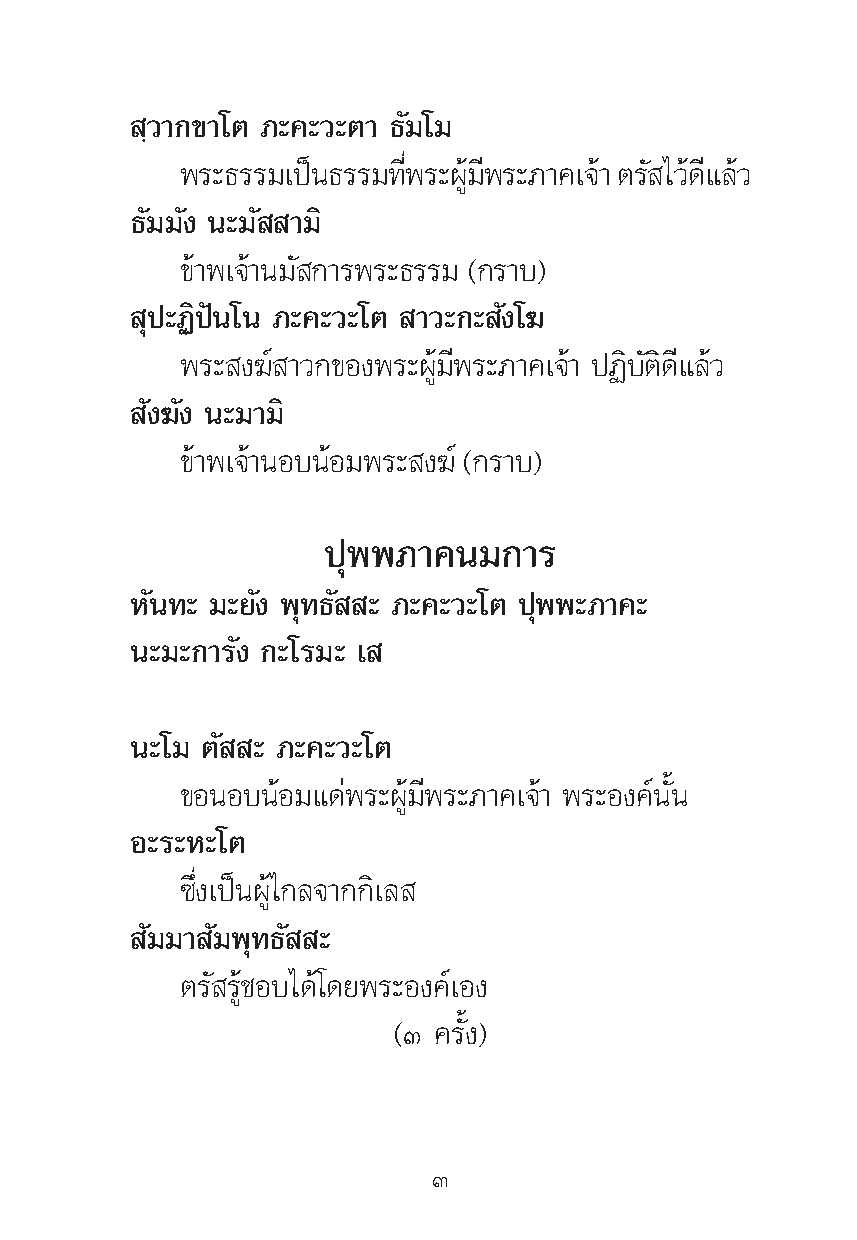
⁄«“°¢“‚μ ¿–§–«–μ“ ∏—¡‚¡
 æ√–∏√√¡‡ªπì ∏√√¡∑æË’ √–º¡âŸ æ’ √–¿“§‡®“â μ√ — ‰«¥â ·’ ≈«â
 ∏—¡¡—ß π–¡— “¡‘
 ¢â“æ‡®â“π¡— °“√æ√–∏√√¡ (°√“∫)
 ÿª–Ø‘ªíπ‚π ¿–§–«–‚μ “«–°– —ß‚¶
 æ√– ß¶å “«°¢Õßæ√–ºŸâ¡’æ√–¿“§‡®â“ ªØ‘∫—μ‘¥’·≈â«
 —ß¶—ß π–¡“¡‘
 ¢â“æ‡®â“πÕ∫πâÕ¡æ√– ß¶å (°√“∫)
 ªÿææ¿“§π¡°“√
 À—π∑– ¡–¬—ß æÿ∑∏— – ¿–§–«–‚μ ªÿææ–¿“§–
 π–¡–°“√—ß °–‚√¡– ‡
 π–‚¡ μ— – ¿–§–«–‚μ
 ¢ÕπÕ∫πâÕ¡·¥àæ√–ºŸâ¡’æ√–¿“§‡®â“ æ√–Õß§åπ—Èπ
 Õ–√–À–‚μ
 ´÷Ëß‡ªìπºŸâ‰°≈®“°°‘‡≈
 —¡¡“ —¡æÿ∑∏— –
 μ√— √Ÿâ™Õ∫‰¥â‚¥¬æ√–Õß§å‡Õß
 (Û §√—Èß)
 Û